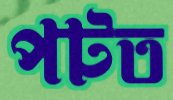
পটত